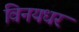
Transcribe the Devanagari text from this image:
विनयधर